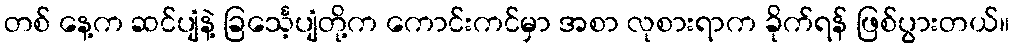
တစ် နေ့က ဆင်ပျံနဲ့ ခြင်္သေ့ပျံတို့က ကောင်းကင်မှာ အစာ လုစားရာက ခိုက်ရန် ဖြစ်ပွားတယ်။